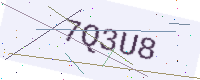
Text: 7Q3U8